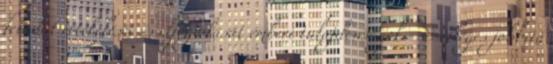
feladat értékelését és elfogadását emberi tulajdonságok - Esetleges jobbító